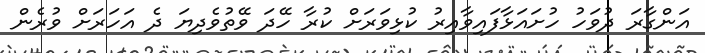
އަންގާރަ ދުވަހު ހުށައަޅާފައިވާއިރު ކުޅިވަރަށް ކުރާ ހޭދަ ވޭތުވެދިޔަ ދެ އަހަރަށް ވުރެން